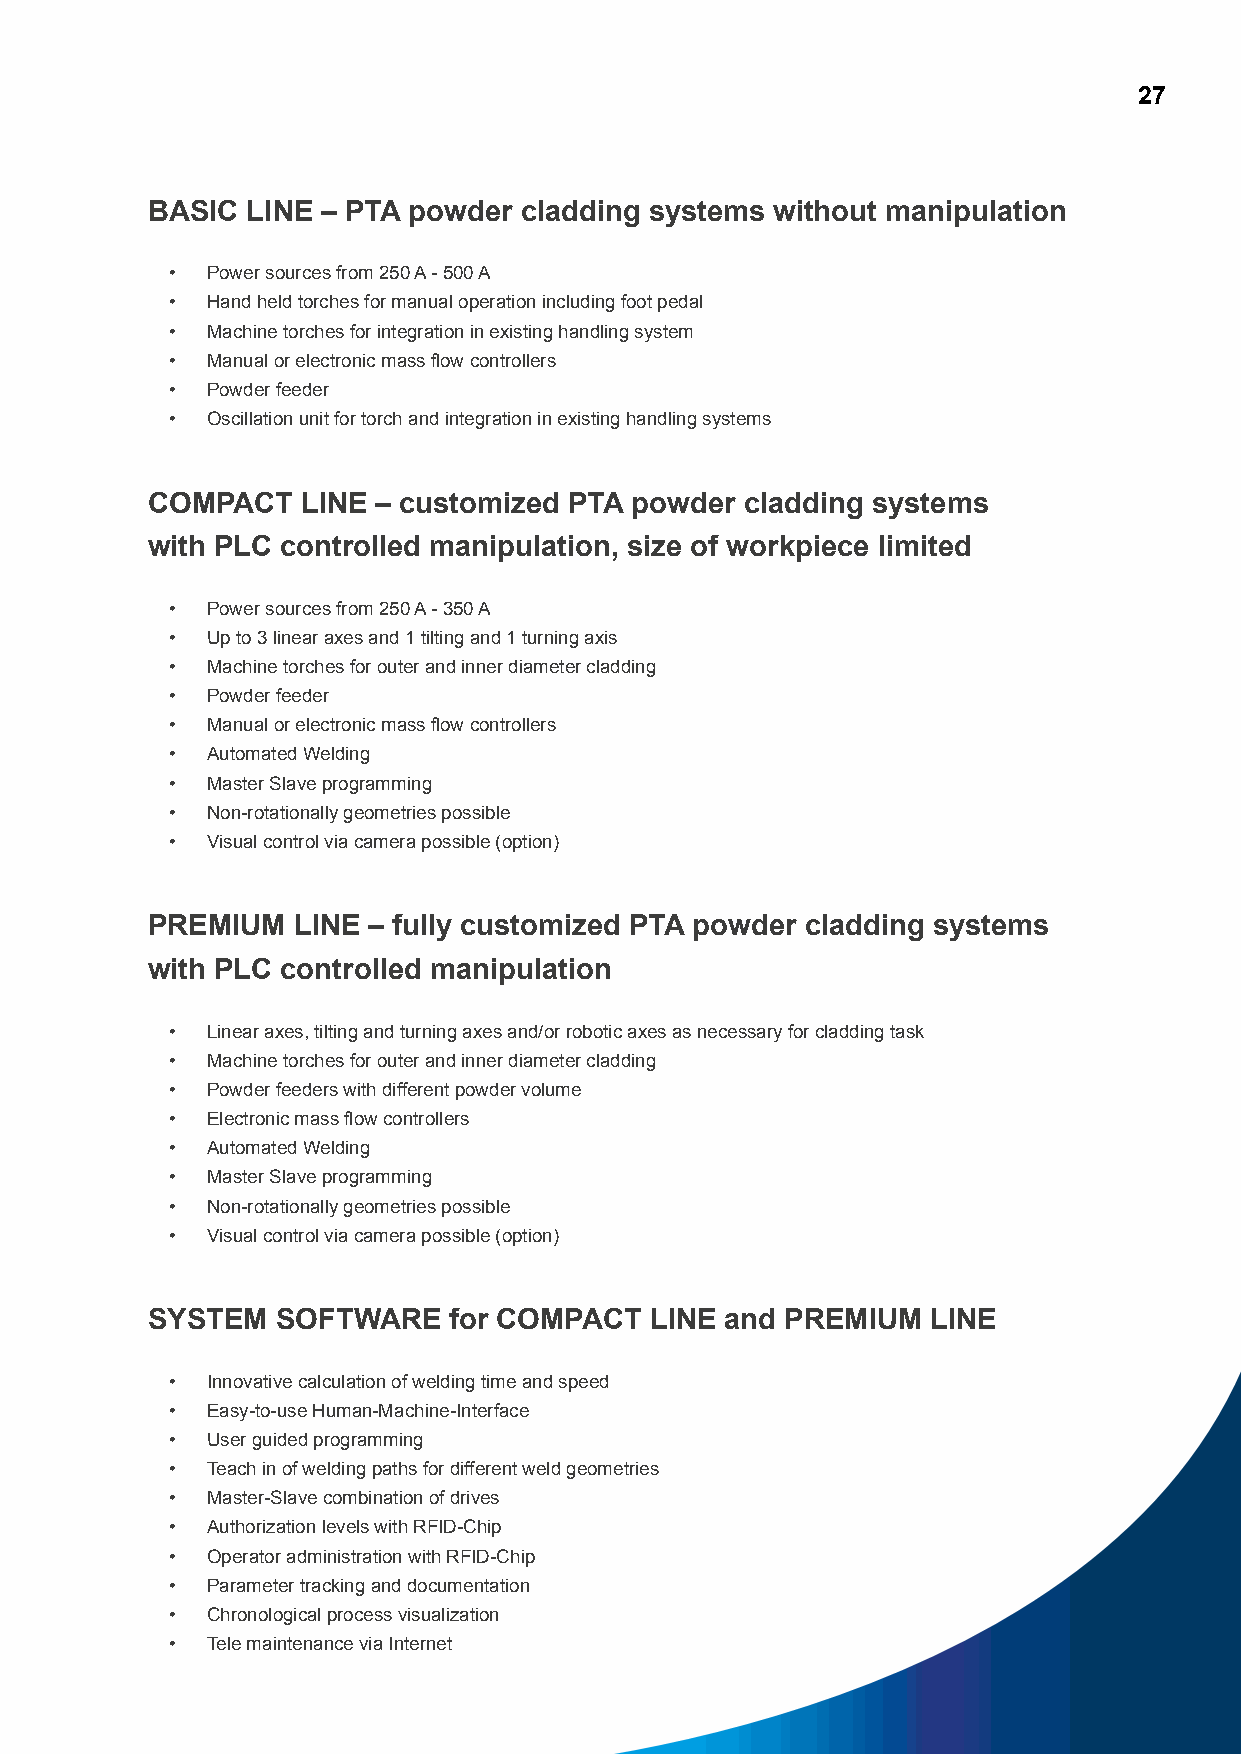
27
 BASIC LINE – PTA powder cladding systems without manipulation
 •  Power sources from 250 A - 500 A
 •  Hand held torches for manual operation including foot pedal
 •  Machine torches for integration in existing handling system
 •  Manual or electronic mass flow controllers
 •  Powder feeder
 •  Oscillation unit for torch and integration in existing handling systems
 COMPACT   LINE – customized PTA powder cladding systems
 with PLC controlled manipulation, size of workpiece limited
 •  Power sources from 250 A - 350 A
 •  Up to 3 linear axes and 1 tilting and 1 turning axis
 •  Machine torches for outer and inner diameter cladding
 •  Powder feeder
 •  Manual or electronic mass flow controllers
 •  Automated Welding
 •  Master Slave programming
 •  Non-rotationally geometries possible
 •  Visual control via camera possible (option)
 PREMIUM  LINE – fully customized PTA powder cladding systems
 with PLC controlled manipulation
 •  Linear axes, tilting and turning axes and/or robotic axes as necessary for cladding task
 •  Machine torches for outer and inner diameter cladding
 •  Powder feeders with different powder volume
 •  Electronic mass flow controllers
 •  Automated Welding
 •  Master Slave programming
 •  Non-rotationally geometries possible
 •  Visual control via camera possible (option)
 SYSTEM  SOFTWARE    for COMPACT  LINE and PREMIUM   LINE
 •  Innovative calculation of welding time and speed
 •  Easy-to-use Human-Machine-Interface
 •  User guided programming
 •  Teach in of welding paths for different weld geometries
 •  Master-Slave combination of drives
 •  Authorization levels with RFID-Chip
 •  Operator administration with RFID-Chip
 •  Parameter tracking and documentation
 •  Chronological process visualization
 •  Tele maintenance via Internet